Lunatic asylums Burma 1907-21 - 1907-1921
Year: 1907
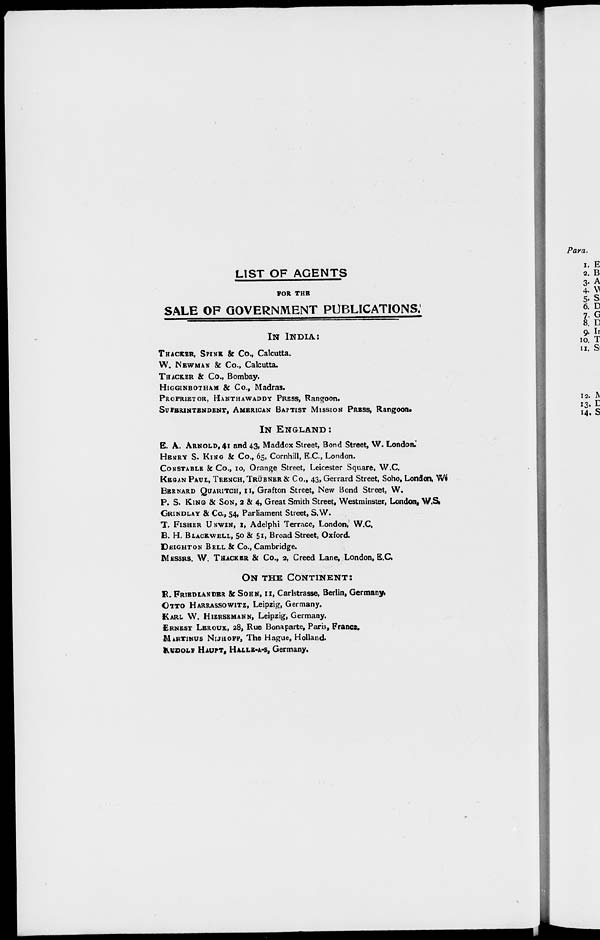
LIST OF AGENTS
FOR THE
SALE OF GOVERNMENT PUBLICATIONS.
IN INDIA :
THACKER, SPINK & Co., Calcutta.
W. NEWMAN & Co., Calcutta.
THACKER & Co., Bombay.
HIGGINBOTHAM & Co., Madras.
PROPRIETOR, HANTHAWADDY PRESS, Rangoon.
SUPERINTENDENT, AMERICAN BAPTIST MISSION PRESS, Rangoon.
IN ENGLAND:
E. A. ARNOLD, 41 and 43, Maddox Street, Bond Street, W. London.
HENRY S. KING & Co., 65, Cornhill, E.C., London.
CONSTABLE & Co., 10, Orange Street, Leicester Square, W.C.
KEGAN PAUL, TRENCH, TRÜBNER & Co., 43, Gerrard Street, Soho, London, W.
BERNARD QUARITCH, 11, Grafton Street, New Bond Street, W.
P. S. KING & SON, 2 & 4, Great Smith Street, Westminster, London, W.S.
GRINDLAY & Co., 54, Parliament Street, S.W.
X FISHER UNWIN, 1, Adelphi Terrace, London, W.C.
B. H. BLACKWELL, 50 & 51, Broad Street, Oxford.
DEIGHTON BELL & Co., Cambridge.
MESSRS. W. THACKER & Co., 2, Creed Lane, London, E.C.
ON THE CONTINENT:
R. FRIEDLANDER & SOHN, 11, Carlstrasse, Berlin, Germany.
OTTO HARRASSOWITZ, Leipzig, Germany.
KARL W. HIERSEMANN, Leipzig, Germany.
ERNEST LEROUX, 28, Rue Bonaparte, Paris, France.
MARTINUS NIJHOFF, The Hague, Holland.
RUDOLF HAUPT, HALLE-A-S, Germany.